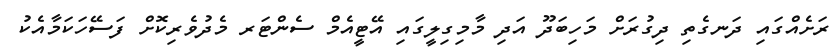
ރަށެއްގައި ދަނގެތި ދިގުރަށް މަހިބަދޫ އަދި މާމިގިލީގައި އޭޓީއެމް ސެންޓަރ މެދުވެރިކޮށް ފަސޭހަކަމާއެކު